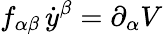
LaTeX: f_{\alpha\beta}\, \dot{y}^{\beta}=\partial_{\alpha}V